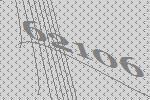
62106